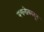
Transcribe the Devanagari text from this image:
यमलोकातून